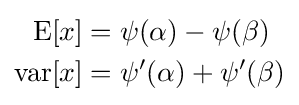
{\begin{aligned}{\text{E}}[x]&=\psi (\alpha )-\psi (\beta )\\{\text{var}}[x]&=\psi '(\alpha )+\psi '(\beta )\\\end{aligned}}